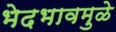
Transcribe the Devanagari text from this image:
भेदभावमुळे